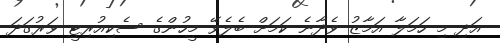
އަދި މި ހަމަލާ އަމާޒު ވެދާނެ ކަމަށް ބެލެވޭ މީހުންގެ ސެކިއުރިޓީ ވަރުގަދަ